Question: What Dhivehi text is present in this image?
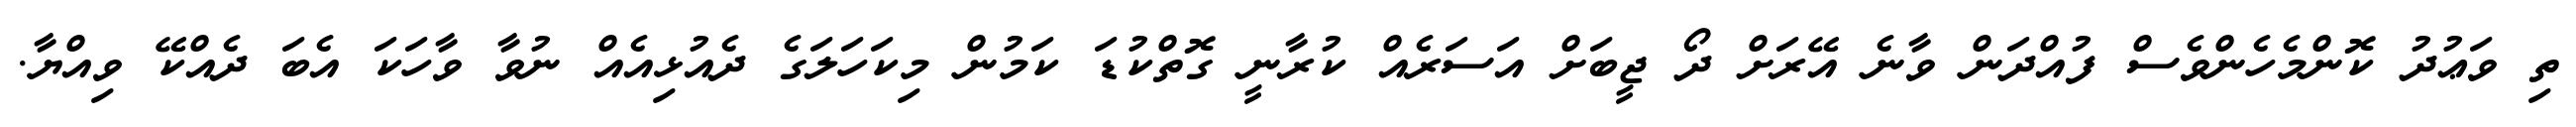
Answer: ތި ވަޢުދު ކޮންމެހެންވެސް ފުއްދަން ވާނެ އޭރަށް ދޯ ޖީބަށް އަސަރެއް ކުރާނީ ގޮތްކުޑަ ކަމުން މިކަހަލަގެ ދެއުޅިއެއް ނުވާ ވާހަކަ އެބަ ދެއްކޭ ވިއްޔާ.